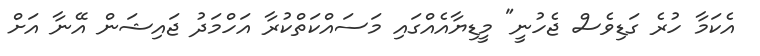
އެކަމާ ހުރެ ގަޑިވެސް ޖެހުނީ" މީޑިޔާއެއްގައި މަސައްކަތްކުރާ އަހްމަދު ޖައިޝަން އޭނާ އަށް